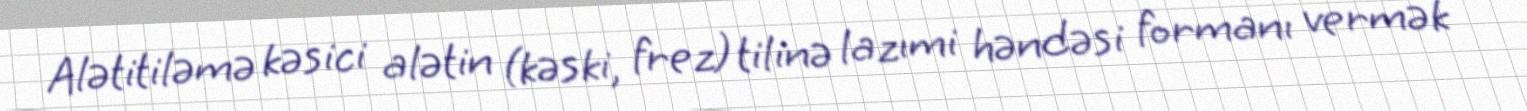
Alətitiləmə kəsici alətin (kəski, frez) tilinə lazımi həndəsi formanı vermək